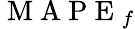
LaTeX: \mathrm{~M~A~P~E~}_{f}